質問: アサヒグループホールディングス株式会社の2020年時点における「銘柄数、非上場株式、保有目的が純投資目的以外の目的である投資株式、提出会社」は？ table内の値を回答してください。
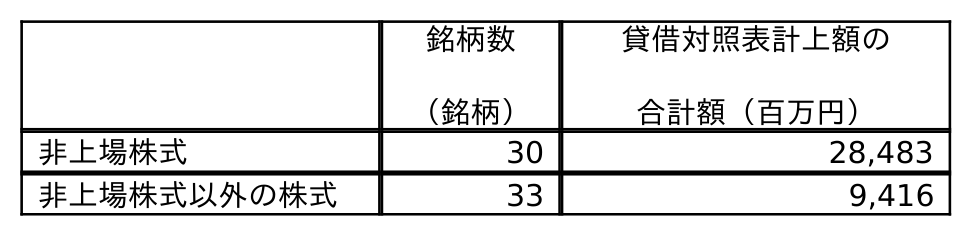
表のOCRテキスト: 銘柄数 （銘柄） 貸借対照表計上額の 合計額（百万円） 非上場株式 30 28,483 非上場株式以外の株式 33 9,416
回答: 30